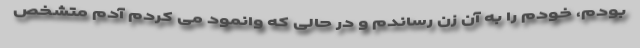
بودم، خودم را به آن زن رساندم و در حالی که وانمود می کردم آدم متشخص